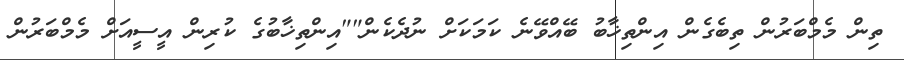
ތިން މެމްބަރުން ތިބެގެން އިންތިޚާބު ބޭއްވޭނެ ކަމަކަށް ނުދެކެން""އިންތިޚާބުގެ ކުރިން އީސީއަށް މެމްބަރުން